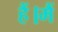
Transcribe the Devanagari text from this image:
हैं।मैं